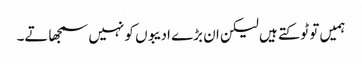
ہمیں تو ٹوکتے ہیں لیکن ان بڑے ادیبوں کو نہیں سمجھاتے۔